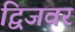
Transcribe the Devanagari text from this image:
द्विजवर